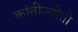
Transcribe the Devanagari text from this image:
क्रांतीज्योती